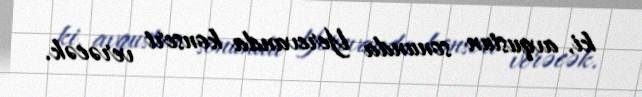
ki, avqustun sonunda Yerevanda konsert verəcək.